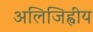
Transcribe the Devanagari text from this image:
अलिजिह्वीय